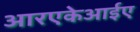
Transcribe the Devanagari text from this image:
आरएकेआईए